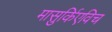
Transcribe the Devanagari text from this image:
मासुर्किएविच